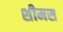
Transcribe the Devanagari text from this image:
शीमस